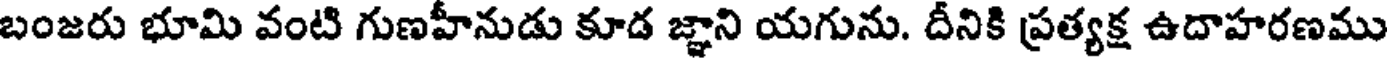
బంజరు భూమి వంటి గుణహీనుడు కూడ జ్ఞాని యగును. దీనికి ప్రత్యక్ష ఉదాహరణము